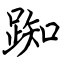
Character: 踟